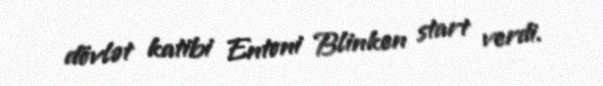
dövlət katibi Entoni Blinken start verdi.